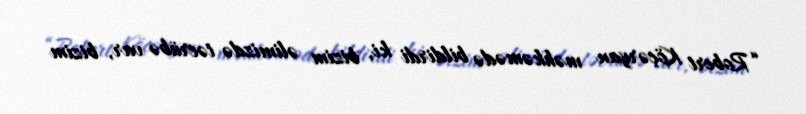
“Robert Köçəryan məhkəmədə bildirdi ki, bizim əlimizdə təcrübə var, bizim